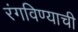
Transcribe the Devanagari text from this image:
रंगविण्याची